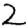
Digit: 2